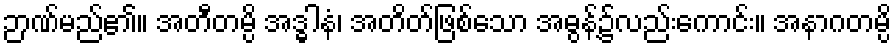
ဉာဏ်မည်၏။ အတီတမ္ပိ အဒ္ဓါနံ၊ အတိတ်ဖြစ်သော အဓွန့်၌လည်းကောင်း။ အနာဂတမ္ပိ